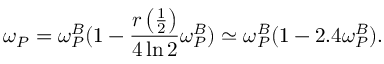
\omega _ { P } = \omega _ { P } ^ { B } ( 1 - \frac { r \left( \frac 1 2 \right) } { 4 \ln 2 } \omega _ { P } ^ { B } ) \simeq \omega _ { P } ^ { B } ( 1 - 2 . 4 \omega _ { P } ^ { B } ) .